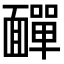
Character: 𩉁